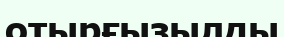
отырғызылды